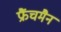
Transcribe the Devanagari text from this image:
फ्रैंचमैन